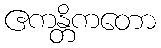
ဧကန္တိကတော